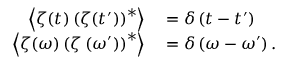
\begin{array} { r l } { \left\langle \zeta ( t ) \left( \zeta ( t ^ { \prime } ) \right) ^ { * } \right\rangle } & { { } = \delta \left( t - t ^ { \prime } \right) } \\ { \left\langle \zeta ( \omega ) \left( \zeta \left( \omega ^ { \prime } \right) \right) ^ { * } \right\rangle } & { { } = \delta \left( \omega - \omega ^ { \prime } \right) . } \end{array}